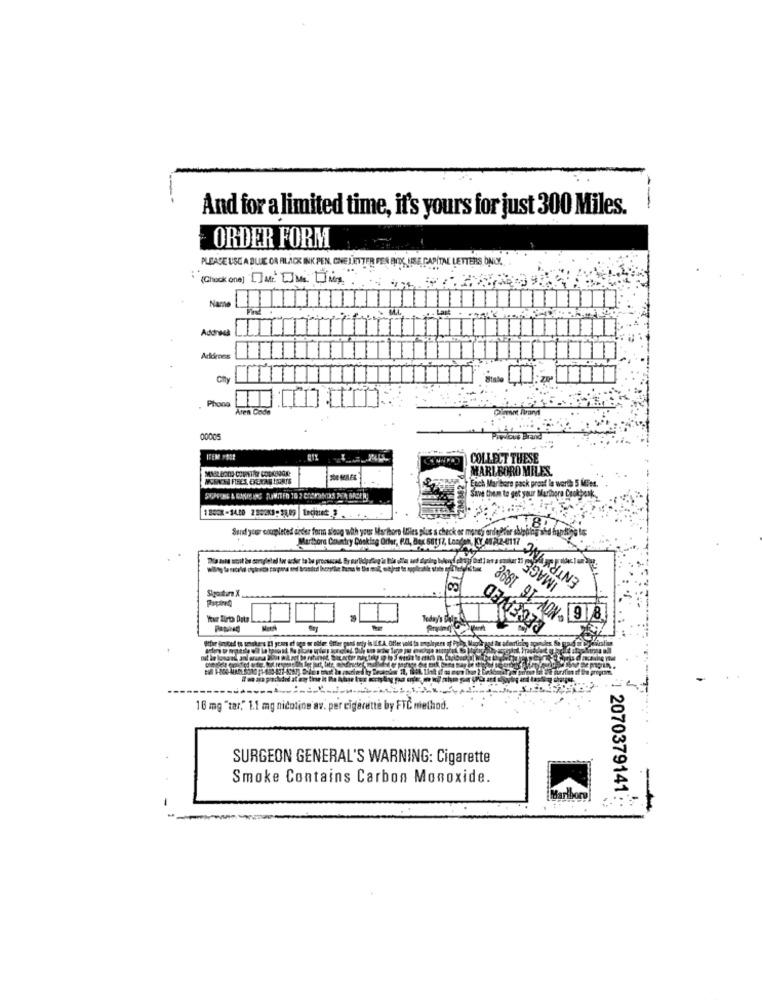
And for a limited time, it's yours for just 300 Miles.
ORDER FORM
PLEASE USE A BLUE OA FILACK INK PEN, CHE LETTER PEN ENIDE USE CAPITAL LETTERS ONIL
(Chock one) [M" UM UMA"
Added
Addienes
Phone
Aren Code
. ...
ITEM >4
COLLECT THESE
MARLBORO MILES.
208862
Euch Marlboro pack proof le worth 5 Mies.
Save them to get your Mar
1800X-14.10 2862K3-31.09 |Leciatet 3
8
Send your completed ander for along with your Marlboro Itlies plus
s check
Marthora Country Cooking Offer, P.A, Box 60117, London, KY 48 22-0117
ENTRY INC
RECEIVED
Sigouitire X
4.78
16 mg "tar," 1.1 mg nicotine av. per cigarette by FTC method.
SURGEON GENERAL'S WARNING: Cigarette
Smoke Contains Carbon Monoxide.
2070379141